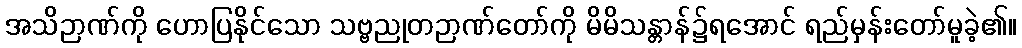
အသိဉာဏ်ကို ဟောပြနိုင်သော သဗ္ဗညုတဉာဏ်တော်ကို မိမိသန္တာန်၌ရအောင် ရည်မှန်းတော်မူခဲ့၏။